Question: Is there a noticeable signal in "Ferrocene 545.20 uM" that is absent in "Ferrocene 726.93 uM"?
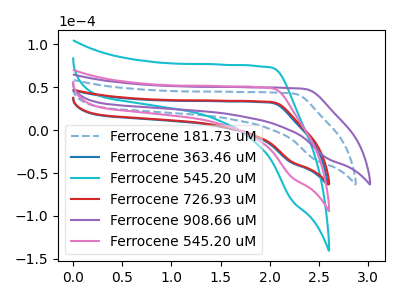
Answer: <think>The blue dashed curve "Ferrocene 181.73 uM" has no peaks. The blue curve "Ferrocene 363.46 uM" has no peaks. The cyan curve "Ferrocene 545.20 uM" has no peaks. The red curve "Ferrocene 726.93 uM" has no peaks. The purple curve "Ferrocene 908.66 uM" has no peaks. The pink curve "Ferrocene 545.20 uM" has no peaks.
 Neither "Ferrocene 545.20 uM" or "Ferrocene 726.93 uM" have any peaks.</think>
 <answer>No, "Ferrocene 545.20 uM" and "Ferrocene 726.93 uM" don't appear to be significantly different in shape</answer>
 <eval>no_change</eval>